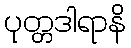
ပုတ္တဒါရာနိ